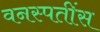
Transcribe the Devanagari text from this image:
वनस्पतींस